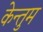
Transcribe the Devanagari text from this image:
केन्तुम